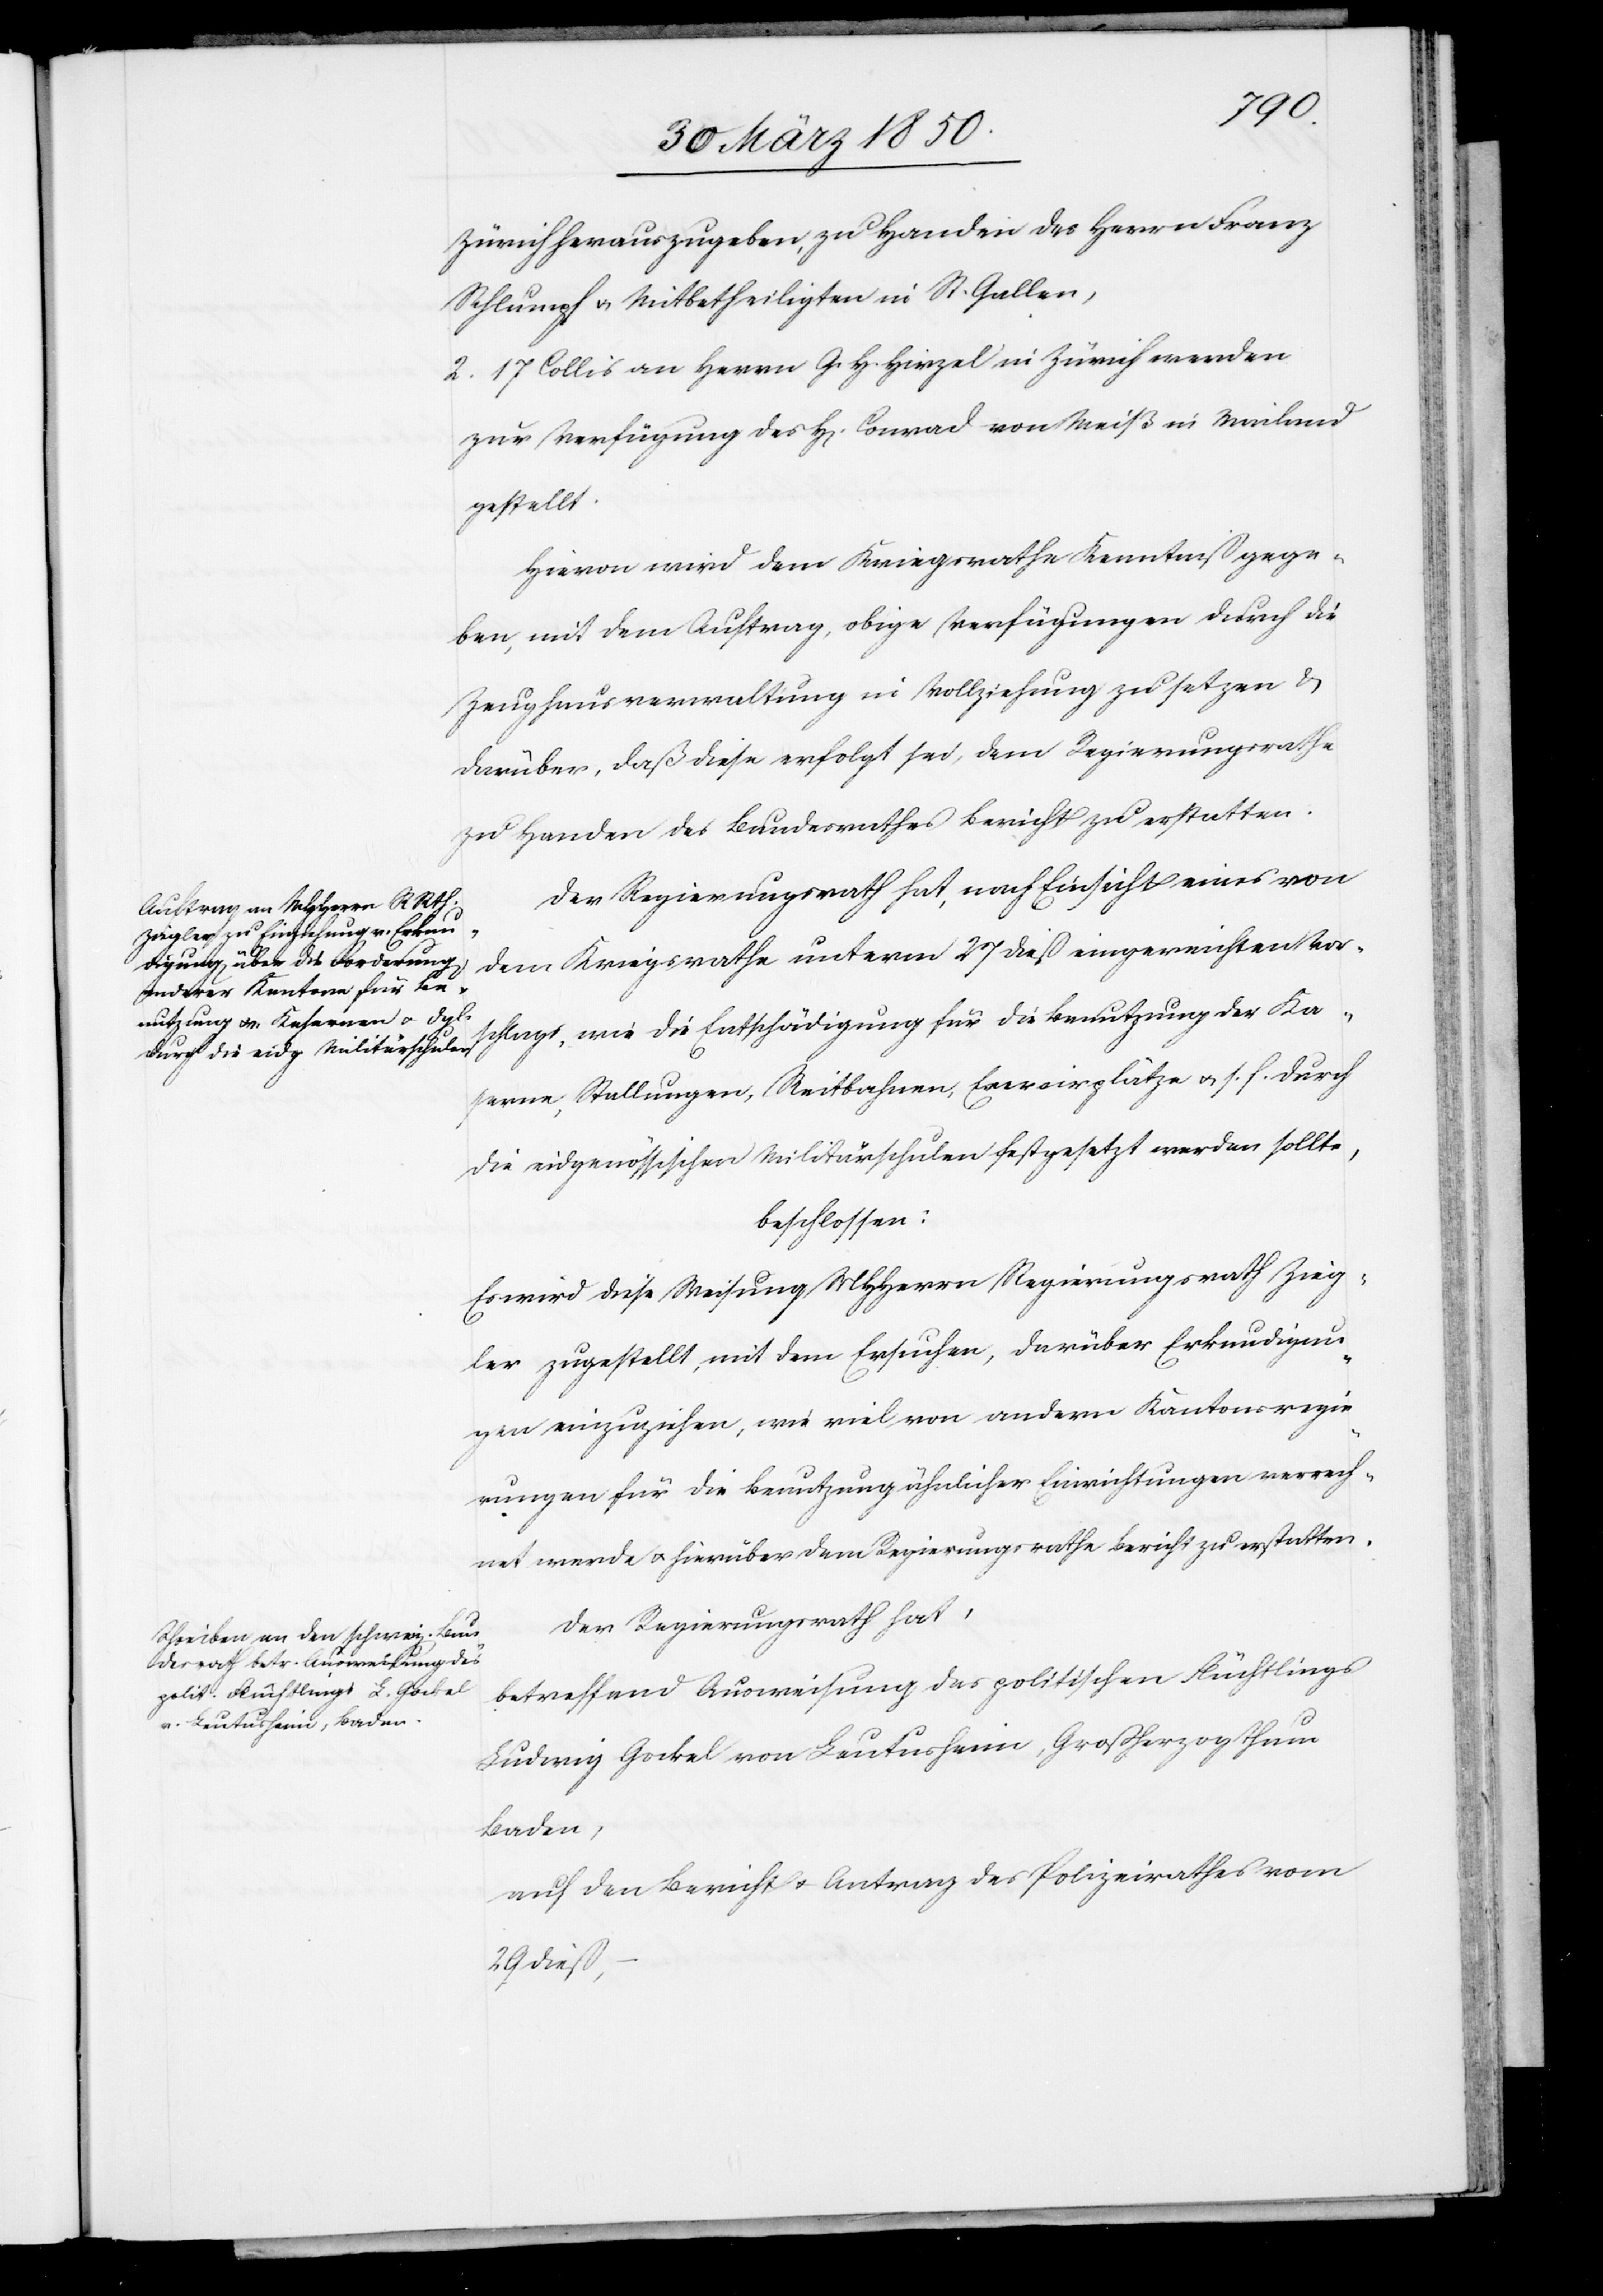
von Leutusheim, ght Baden,

Zürich herauszugeben, zu Handen des Herrn Franz
Schlumpf u. Mitbetheiligten in St. Gallen,
2. 17 Collis an Herrn G. H. Hirzel in Zürich werden
zur Verfügung des H[errn] Conrad von Meiß in Mailand
gestellt.
Hievon wird dem Kriegsrathe Kenntniß gege¬
ben, mit dem Auftrag, obige Verfügungen durch die
Zeughausverwaltung in Vollziehung zu setzen &
darüber, daß diese erfolgt sei, dem Regierungsrathe
zu Handen des Bundesrathes Bericht zu erstatten.
Der Regierungsrath hat, nach Einsicht eines von
dem Kriegsrathe unterm 27 dieß eingereichten Vor¬
schlags, wie die Entschädigung für die Benutzung der Ka¬
serne, Stellungen, Reitbahnen, E[?x]ercirplätze u. s. f. durch
die eidgenössischen Militärschulen festgesetzt werden sollte,
beschlossen:
Es wird diese Weisung MHHerrn Regierungsrath Zieg¬
ler zugestellt, mit dem Ersuchen, darüber Erkundigu¬
ngen einzuziehen, wie viel von andern Kantonsregie¬
rungen für die Benutzung ähnlicher Einrichtungen verrech¬
net werde u. hierüber dem Regierungsrathe Bericht zu erstatten.
Der Regierungsrath hat,
betreffend Ausweisung des politischen Flüchtlings
auf den Bericht u. Antrag des Polizeirathes vom
29 dieß,–